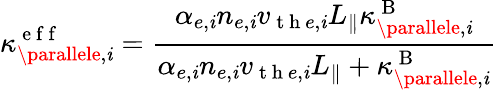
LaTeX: \kappa_{\parallele,\mathit{i}}^{\mathrm{{~e~f~f~}}}=\frac{{\alpha_{e,\mathit{i}}n_{e,\mathit{i}}v_{\mathrm{{~t~h~}}e,\mathit{i}}L_{\parallel}\kappa_{\parallele,\mathit{i}}^{\mathrm{{~B~}}}}}{{\alpha_{e,\mathit{i}}n_{e,\mathit{i}}v_{\mathrm{{~t~h~}}e,\mathit{i}}L_{\parallel}+\kappa_{\parallele,\mathit{i}}^{\mathrm{{~B~}}}}}